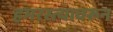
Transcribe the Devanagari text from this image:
हमरस्त्यावरून